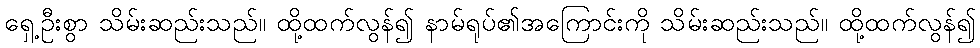
ရှေ့ဦးစွာ သိမ်းဆည်းသည်။ ထို့ထက်လွန်၍ နာမ်ရုပ်၏အကြောင်းကို သိမ်းဆည်းသည်။ ထို့ထက်လွန်၍